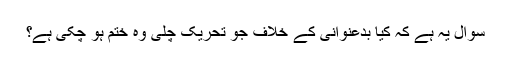
سوال یہ ہے کہ کیا بدعنوانی کے خلاف جو تحریک چلی وہ ختم ہو چکی ہے؟